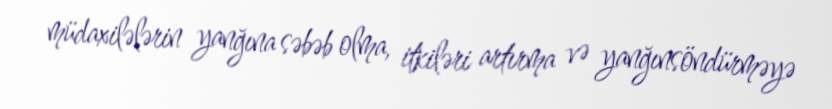
müdaxilələrin yanğına səbəb olma, itkiləri artırma və yanğınsöndürməyə